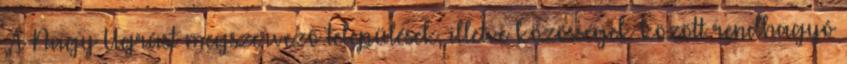
„A Nagy Ugrást megszervező települések, illetve közösségek között rendhagyó